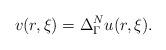
LaTeX: \begin{align*} v (r,\xi)= \Delta^{N}_\Gamma u(r,\xi). \end{align*}